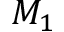
M _ { 1 }